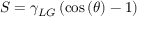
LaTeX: S = \gamma _ { L G } \left( \cos \left( \theta \right) - 1 \right)